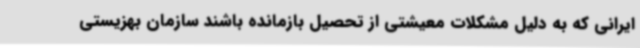
ایرانی که به دلیل مشکلات معیشتی از تحصیل بازمانده باشند سازمان بهزیستی